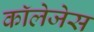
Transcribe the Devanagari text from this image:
काॅलेजेस